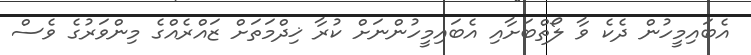
އެބައިމީހުން ދެކެ ވާ ލޯތްބަށާއި އެބައިމީހުންނަށް ކުރާ ޚިދްމަތަށް ޒައްރެއްގެ މިންވަރުގެ ވެސް